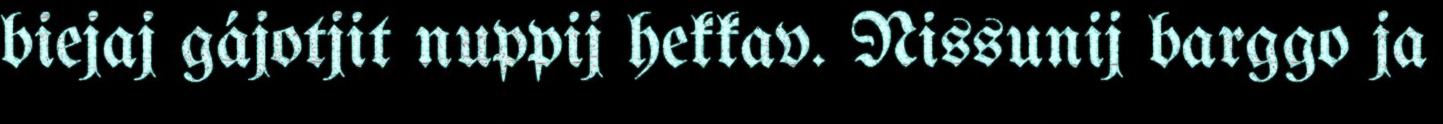
biejaj gájotjit nuppij hekkav. Nissunij barggo ja